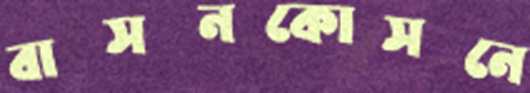
বাসনকোসনে